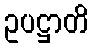
ဥပဋ္ဌာတိ